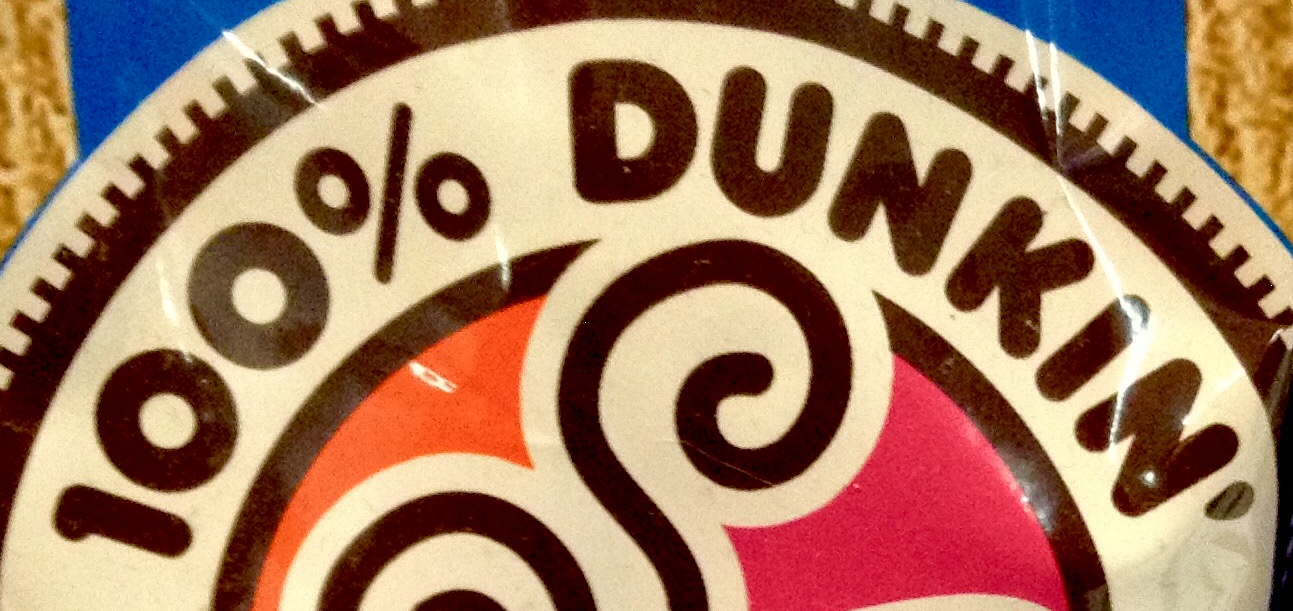
100% DUNKIN